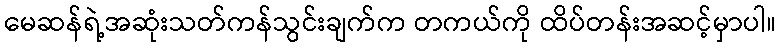
မေဆန်ရဲ့အဆုံးသတ်ကန်သွင်းချက်က တကယ်ကို ထိပ်တန်းအဆင့်မှာပါ။